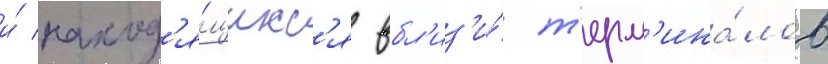
и́ наход'я́щихс'я вбл'из'и́ т'ерм'ина́лов